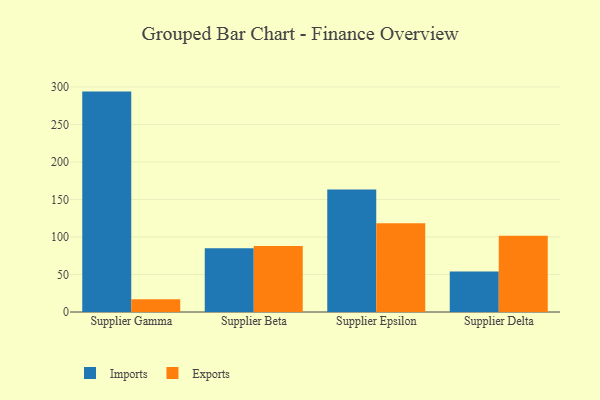
{"axis": {"x": "Supplier", "y": "Energy Usage (MWh)"}, "legend": ["Exports", "Imports"], "data": [{"x": "Supplier Gamma", "y": 293.8, "type": "Imports"}, {"x": "Supplier Gamma", "y": 17.1, "type": "Exports"}, {"x": "Supplier Beta", "y": 85.0, "type": "Imports"}, {"x": "Supplier Beta", "y": 88.1, "type": "Exports"}, {"x": "Supplier Epsilon", "y": 163.3, "type": "Imports"}, {"x": "Supplier Epsilon", "y": 118.2, "type": "Exports"}, {"x": "Supplier Delta", "y": 54.0, "type": "Imports"}, {"x": "Supplier Delta", "y": 101.6, "type": "Exports"}]}